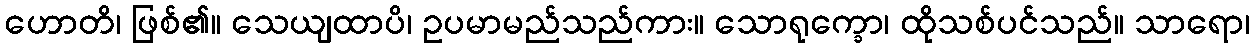
ဟောတိ၊ ဖြစ်၏။ သေယျထာပိ၊ ဥပမာမည်သည်ကား။ သောရုက္ခော၊ ထိုသစ်ပင်သည်။ သာရော၊